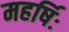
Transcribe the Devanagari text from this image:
महर्षिः